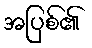
အပြစ်၏